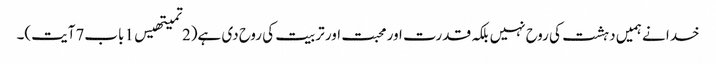
خدا نے ہمیں دہشت کی روح نہیں بلکہ قدرت اور محبت اور تربیت کی روح دی ہے(2تمیتھیس1باب7آیت)۔